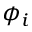
\phi _ { i }